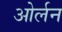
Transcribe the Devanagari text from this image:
ओर्लन